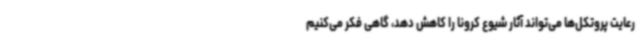
رعایت پروتکل‌ها می‌تواند آثار شیوع کرونا را کاهش دهد، گاهی فکر می‌کنیم